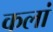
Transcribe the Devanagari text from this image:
कलां